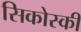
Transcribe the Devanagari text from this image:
सिकोस्की